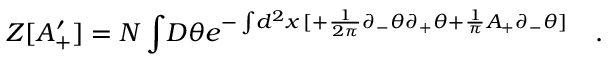
Z [ A _ { + } ^ { \prime } ] = N \int \! D \theta e ^ { - \int \! d ^ { 2 } x \, [ + \frac { 1 } { 2 \pi } \partial _ { - } \theta \partial _ { + } \theta + \frac { 1 } { \pi } A _ { + } \partial _ { - } \theta ] } \quad .